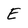
Character: E